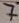
Text: 7